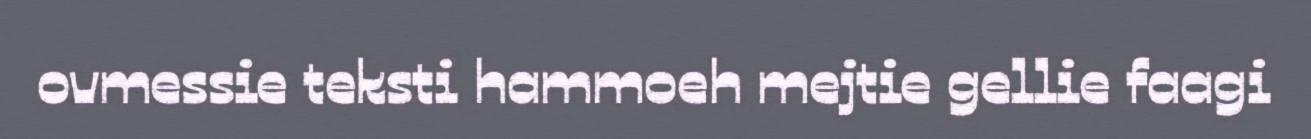
ovmessie teksti hammoeh mejtie gellie faagi